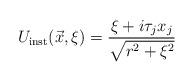
LaTeX: \begin{align*}U_{\rm inst}(\vec{x},\xi)=\frac{\xi + i \tau_{j}x_{j}}{\sqrt{r^2+\xi^2}}\end{align*}